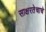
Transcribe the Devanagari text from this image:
साक्षरतेचाचे